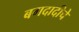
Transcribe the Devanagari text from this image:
बगदादीचे